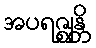
အပရဇ္ဈန္တိ